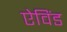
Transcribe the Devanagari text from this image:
ऐविंड